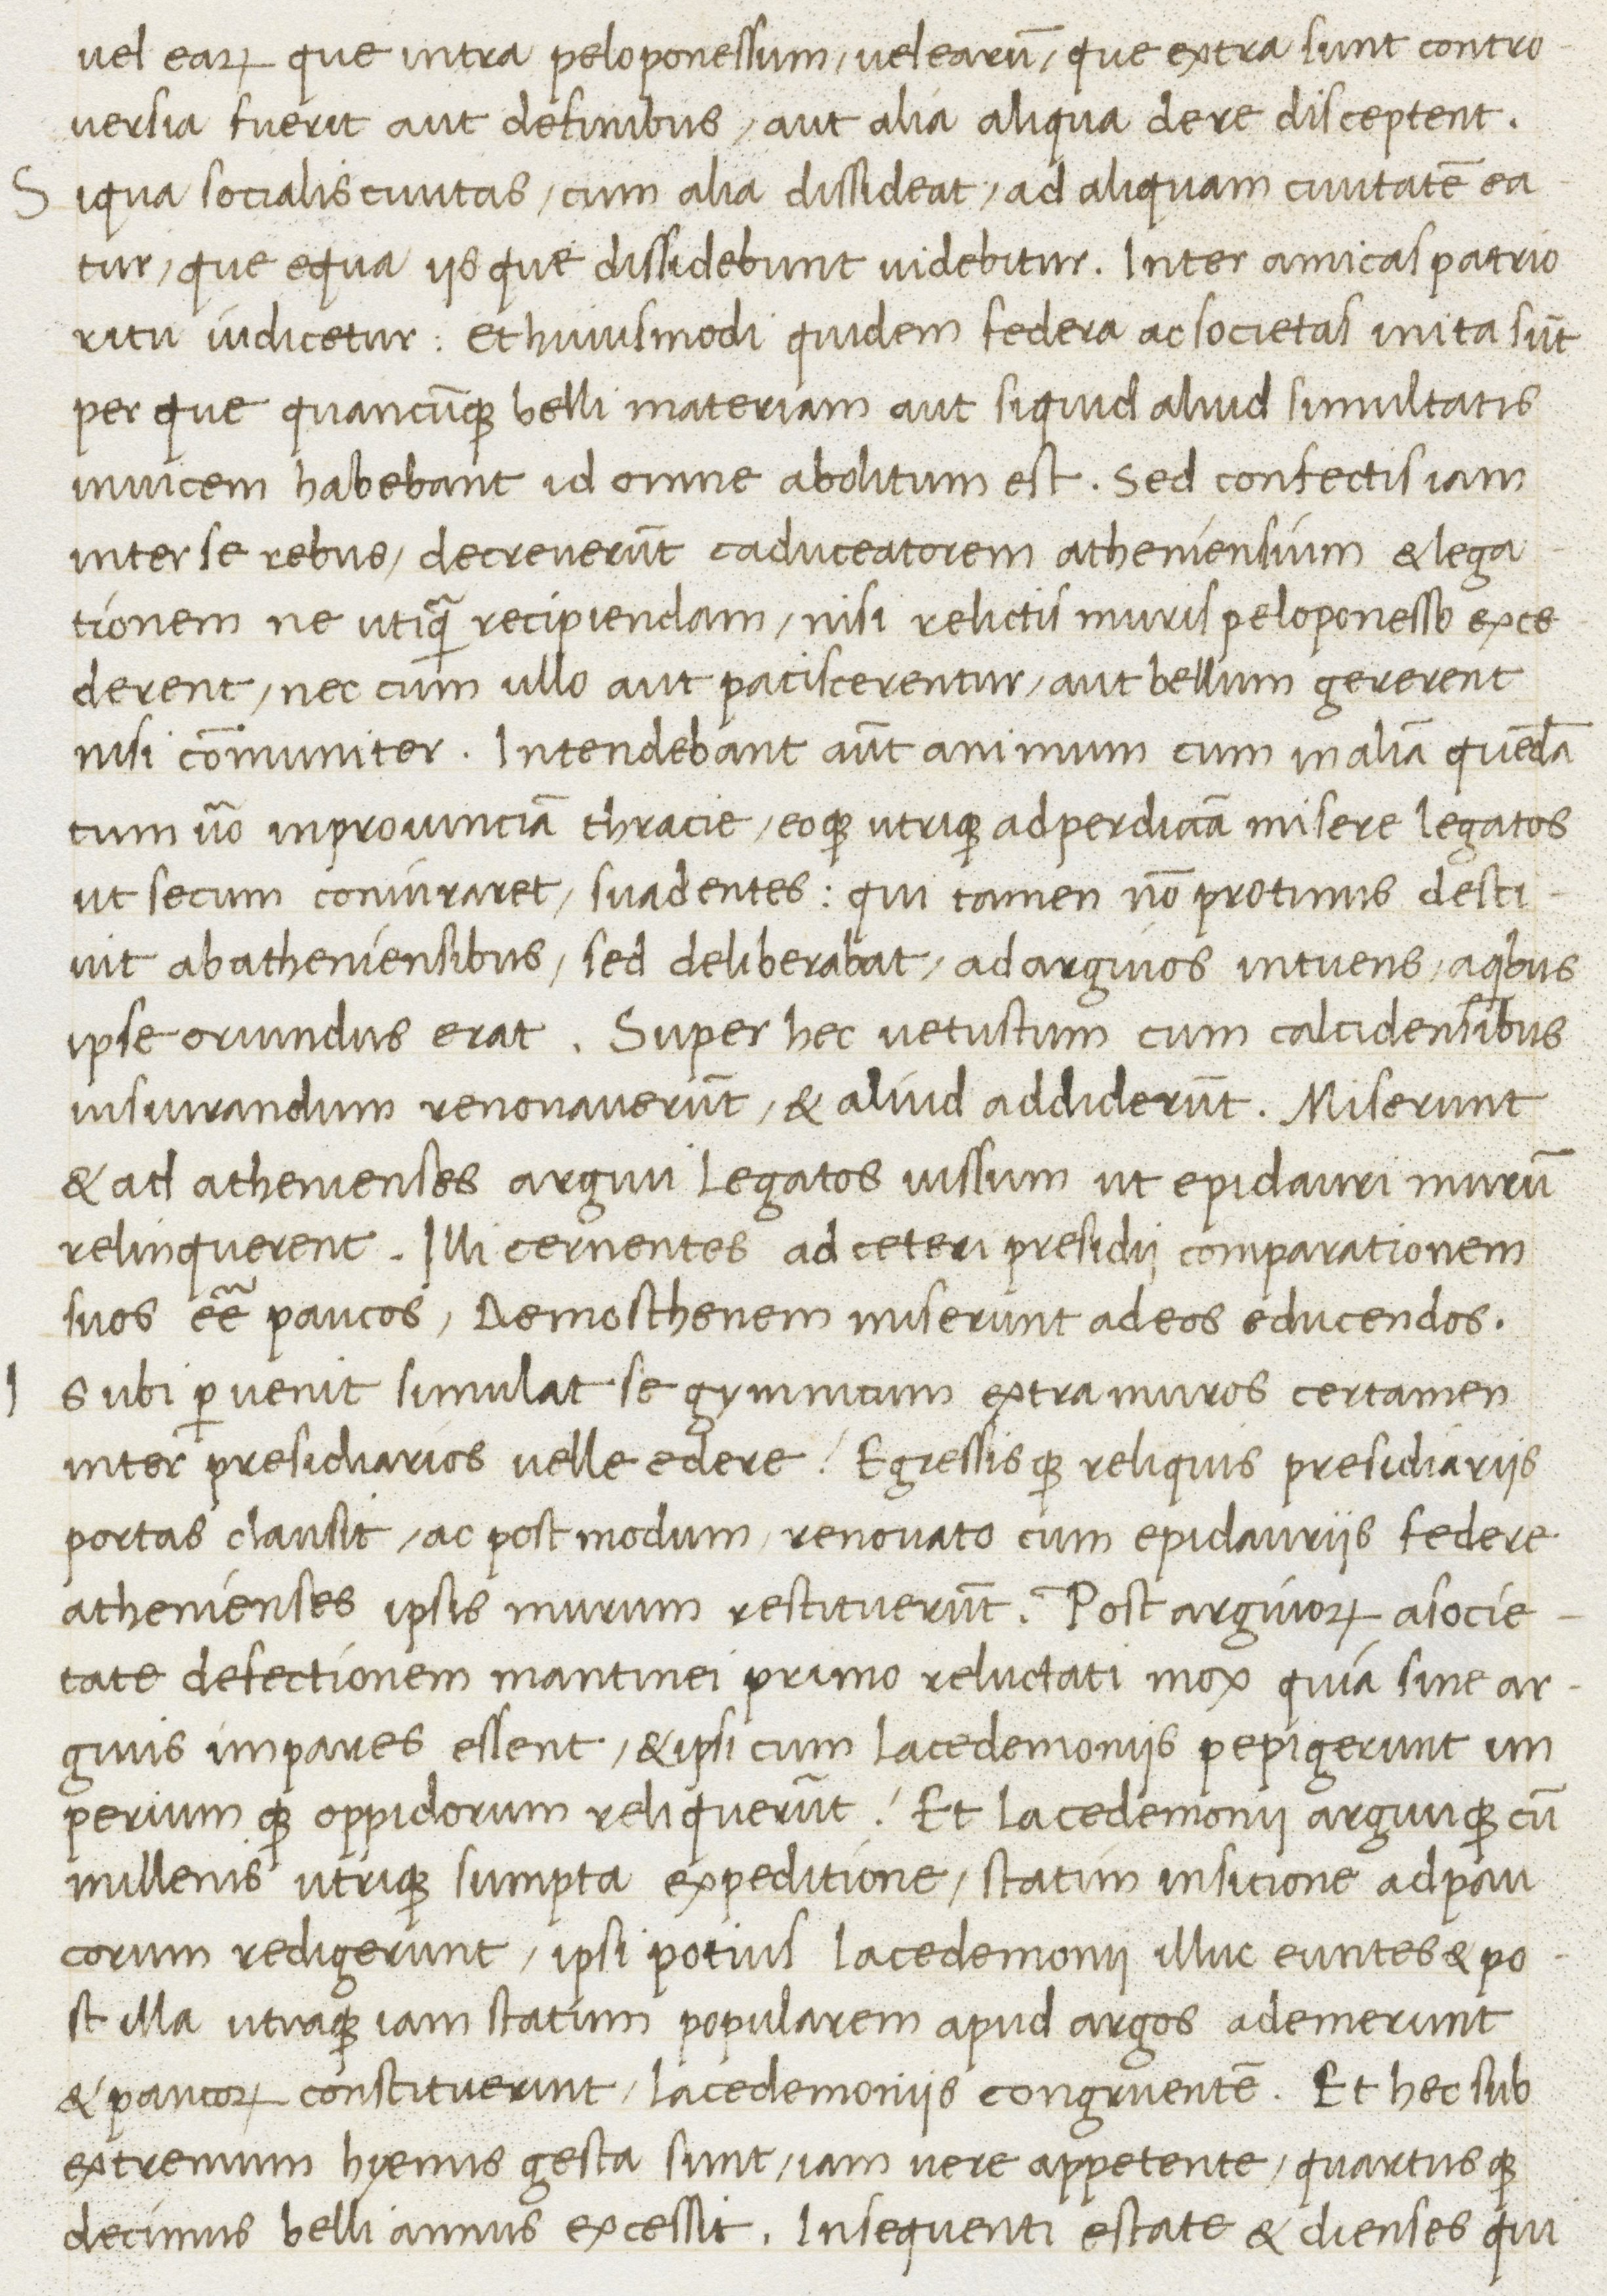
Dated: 1400–1499